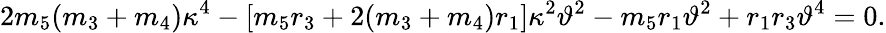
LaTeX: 2m_{5}(m_{3}+m_{4})\kappa^{4}-[m_{5}r_{3}+2(m_{3}+m_{4})r_{1}]\kappa^{2}\vartheta^{2}-m_{5}r_{1}\vartheta^{2}+r_{1}r_{3}\vartheta^{4}=0.